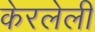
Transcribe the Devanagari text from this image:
केरलेली